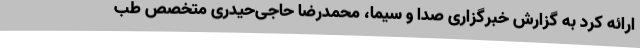
ارائه کرد به گزارش خبرگزاری صدا و سيما، محمدرضا حاجی‌حیدری متخصص طب